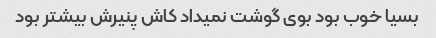
بسیا خوب بود بوی گوشت نمیداد کاش پنیرش بیشتر بود